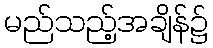
မည်သည့်အချိန်၌